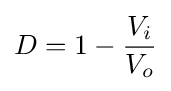
D=1-{\frac {V_{i}}{V_{o}}}